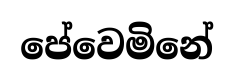
පේවෙමිනේ